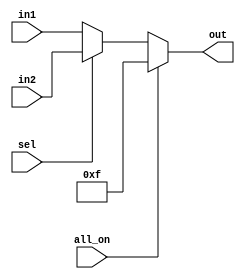
module m_selector(input sel, input all_on, input [3:0] in1, input [3:0] in2, output [3:0] out);

    assign out = (all_on==1'b1) ? 4'hf : ((sel==1'b0) ? in1 : in2);

endmodule